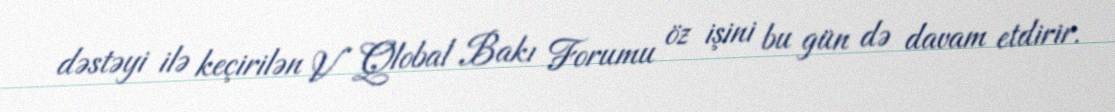
dəstəyi ilə keçirilən V Qlobal Bakı Forumu öz işini bu gün də davam etdirir.